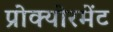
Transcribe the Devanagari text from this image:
प्रोक्योरमेंट